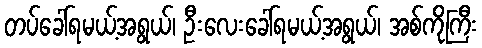
တပ်ခေါ်ရမယ့်အရွယ်၊ ဦးလေးခေါ်ရမယ့်အရွယ်၊ အစ်ကိုကြီး